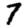
Digit: 7